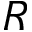
R